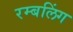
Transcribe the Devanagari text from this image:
रम्बलिंग